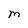
Character: M